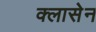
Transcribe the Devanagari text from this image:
क्लासेन